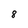
Character: 8